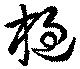
檛